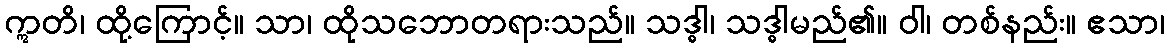
ဣတိ၊ ထို့ကြောင့်။ သာ၊ ထိုသဘောတရားသည်။ သဒ္ဓါ၊ သဒ္ဓါမည်၏။ ဝါ၊ တစ်နည်း။ ဧသာ၊